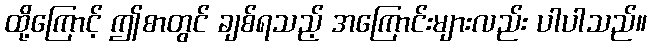
ထို့ကြောင့် ဤစာတွင် ချစ်ရသည့် အကြောင်းများလည်း ပါပါသည်။